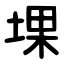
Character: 堁